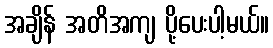
အချိန် အတိအကျ ပို့ပေးပါ့မယ်။